Medical and sanitary report on the native army of Bombay for the year
Year: 1878
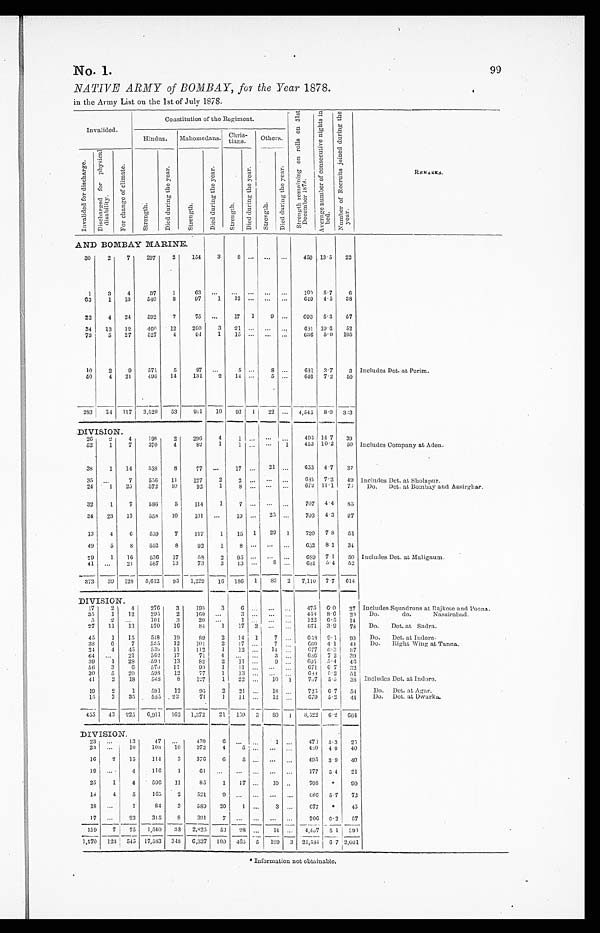
No. 1.
99
NATIVE ARMY of BOMBAY, for the Year 1878.
in the Army List on the 1st of July 1878.
Invalided.
Constitution of the Regiment.
S t r e n g t h r e m a i n i n g o n r o l l s o n 3 1 s t
D e c e m b e r 1 8 7 8 .
A v e r a g e n u m b e r o f c o n s e c u t i v e n i g h t s i n
b e d .
N u m b e r o f R e c r u i t s j o i n e d d u r i n g t h e
y e a r .
R E M A R K S .
Hindus.
M a h o m e d a n s .
C h r i s -
t i a n s .
Othe
rs.
I n v a l i d e d f o r d i s c h a r g e .
D i s c h a r g e d f o r p h y s i c a l
d i s a b i l i t y .
F o r c h a n g e o f c l i m a t e .
S t r e n g t h .
D i e d d u r i n g t h e y e a r .
S t r e n g t h .
D i e d d u r i n g t h e y e a r .
S t r e n g t h .
D i e d d u r i n g t h e y e a r .
S t r e n g t h .
D i e d d u r i n g t h e y e a r .
AND BOMBAY MARINE.
30
2
7
297
2
154
3
8 . . .
...
. . . 459
1 3 . 5 22
1
3
4
37
1
63
. . .
. . . . . .
. . . . . .
1 0 0
5.7
6
63
1 13
540
8
9 7
1
1 2 . . .
. . . . . . 6 4 9
4.5 38
22
4 24
592
7
75 ...
17 1
9 ...
693 5.3 57
34 13 12
460 12
200
3 21
. . . . . . . . . 681 19.6 52
73
5 27
527
4
94
1 15
. . . . . . . . . 636 5.0 105
10
2
9
571
5
97 ...
5
. . .
8 ... 681 3.7
3 Includes Det. at Perim.
50
4 21
496 14
131
2 14 ...
5 ...
646 7.2 50
283 34 117 3,520 53
911 10 93
1 22 ... 4,545 8.0 333
DIVISION.
26
2
4
198
2
296
4
1
. . . . . . . . . 495 14.7 39
52
1
7
370
4
82
1
1
. . . . . . 1 453 10.2 50 Includes Company at Aden.
38
1 14
538
8
77 ... 17 ...
2 1 ... 653 4.7 37
35
. . . 7
556 11
127
2
2
. . . . . . . . . 685 7.2 49 Includes Det. at Sholapur.
24
1 25
572 10
92
1
8
. . . . . . . . .
6 7 2 11.1 70 Do. Det. at Bombay and Assirghar.
32
1
7
586
5
114
1
7
. . . . . . . . . 707 4.4 85
34 23 13
558 10
101 ...
19 ... 25
. . . 703 4.3 97
13
4
6
559
7
117
1
1 5 1 29 1
720 7.8 51
49
5
8 552
8
92
1
8
. . .
. . . . . . 652 8.1 34
2 9
1 16 536 17
58
2
9 5 . . .
. . . . . . 689 7.1 50 Includes Det. at Maligaum.
41
. . . 21
587 13
73
3 13 ... 8 ...
6 8 1 5.4 52
373 39 128 5,612 95 1,229 16 186 1 83 2 7,110 7.7 614
DIVISION.
17
2 4
276
3
193
3
6 . . . ... ...
475 6.0 27 Includes Squadrons at Rajkote and Poona.
35
1 12
295
2
160 ...
3 . . .
. . . . . . 458 8.6 20 Do. do. Nassirabad.
5
2
. . . 101
3
20 ...
1 . . .
. . . . . . 122 6.5 14
27 11 13
570 16
84
1 17 2 ...
. . . 671 3.9 78 Do. Det. at Sadra.
45
1 15
548 19
8 9 2 14 1
7 . . . 658 9.1 90 Do. Det. at Indore.
3 8 6
7
535 12
1 0 1 2 17 ...
7
. . . 660 4.1 44 Do. Right Wing at Tanna.
24
4 45 539 11
112
1 12 ... 14 ...
677 6.3 37
64
. . . 21
562 17
71
4
. . . . . . 3
. . .
6 3 6 7.2 39
39 1 28 593 13
82
2 11 ...
9
. . . 695 5.4 46
56 3
6 570 11
90 1 11 ... ...
. . . 671 6.7 32
30
5 20
598 12
77
1 13 ... ...
. . . 688 5.2 51
41
2 18
548 8
127 1 22 ... 10 1
707 5.5 38 Includes Det. at Indore.
19 2
1
591 12
95
2 21 ... 18
. . . 725 6.7 54 Do. Det. at Agar.
15 3 35
585 23
71
1 11 ... 12 . . . 679 5.2 44
Do. Det. at Dwarka.
455 43 225 6,911 162 1,372 21 159 3
8 0 1 8,522 6.2 664
DIVISION.
23 ...
13
47 ...
430
6 ... ...
1 ...
478 5.3 25
23 ...
10
103 10
372
4
5
. . .
. . . . . . 480 4.0 40
16
2 15
114
3
376
6
5
. . .
. . . . . . 495 3.9 40
19
. . . 4
116
1
61 ... ... ... ...
. . . 177 5.4 21
25
1
4
596 11
85
1 17 ... 10 ...
708
* 90
18
4
5
165 2
521
9
. . . . . .
. . . . . . 686 5.7 72
18 ...
1
84 3
589 20
1 ...
3 . . . 677 *
45
17 ...
23
315
8
391
7
. . . . . .
. . . . . . 706 6.2 57
159
7 75 1,540 38 2,825 53 28 ... 14 ... 4,407 5.1
3 9 0
1,270 123 545 17,583 348 6,337 100 465 5
1 9 9 3 24,584 6.7 2,001
* Information not obtainable.